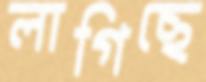
লাগিছে